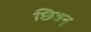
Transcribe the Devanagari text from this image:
छित्रन्